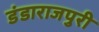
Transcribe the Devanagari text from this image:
डंडाराजपुरी